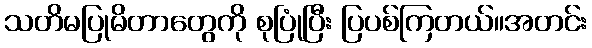
သတိမပြုမိတာတွေကို စုပြုံပြီး ပြပစ်ကြတယ်။အတင်း